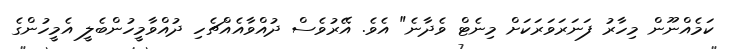
ކަމެއްނޫން މިހާރު ފަނަރަވަރަކަށް މިނެޓް ވެދާނެ" އެވެ. އޭރުވެސް ދުއްވާއެއްޗެހި ދުއްވާމީހުންބެލީ އެމީހުންގެ